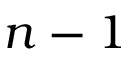
n - 1